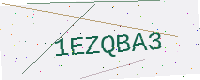
Text: 1EZQBA3